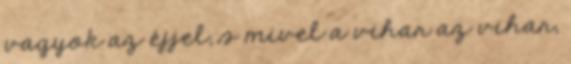
vagyok az éjjel, s mivel a vihar az vihar,